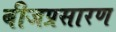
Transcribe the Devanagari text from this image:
बीजप्रसारण